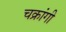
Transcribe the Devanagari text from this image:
चक्रांगी